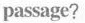
passage?